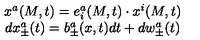
\begin{array} { c } { x ^ { a } ( M , t ) = e _ { i } ^ { a } ( M , t ) \cdot x ^ { i } ( M , t ) } \\ { d x _ { \pm } ^ { a } ( t ) = b _ { \pm } ^ { a } ( x , t ) d t + d w _ { \pm } ^ { a } ( t ) } \\ \end{array}